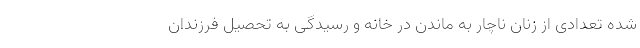
شده تعدادی از زنان ناچار به ماندن در خانه و رسیدگی به تحصیل فرزندان